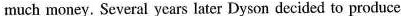
much money. Several years later Dyson decided to produce